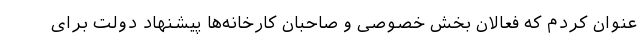
عنوان کردم که فعالان بخش خصوصی و صاحبان کارخانه‌ها پیشنهاد دولت برای